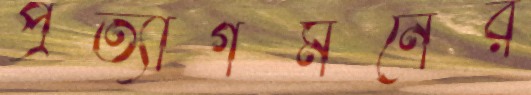
প্রত্যাগমনের